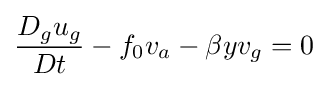
{\frac {D_{g}u_{g}}{Dt}}-f_{0}v_{a}-\beta yv_{g}=0